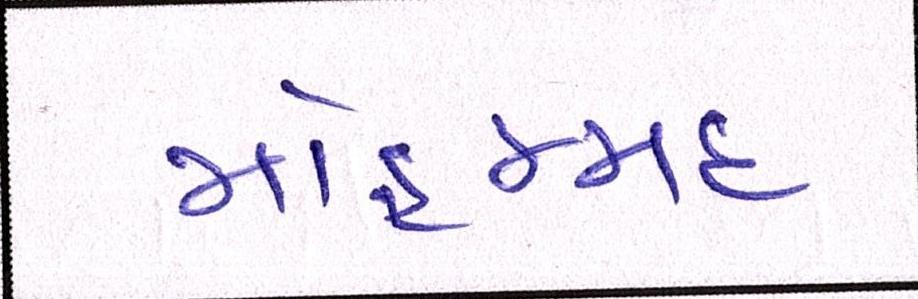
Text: મોહમ્મદ